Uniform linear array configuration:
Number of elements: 4
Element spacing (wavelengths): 1
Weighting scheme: uniform
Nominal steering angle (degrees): -15
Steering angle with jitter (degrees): -14.578
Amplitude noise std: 0.05
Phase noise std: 0.05

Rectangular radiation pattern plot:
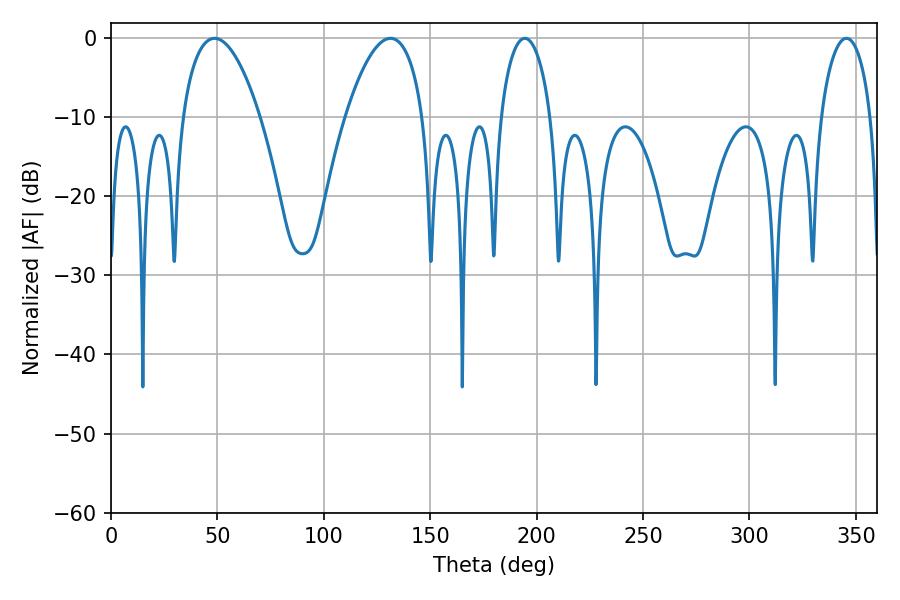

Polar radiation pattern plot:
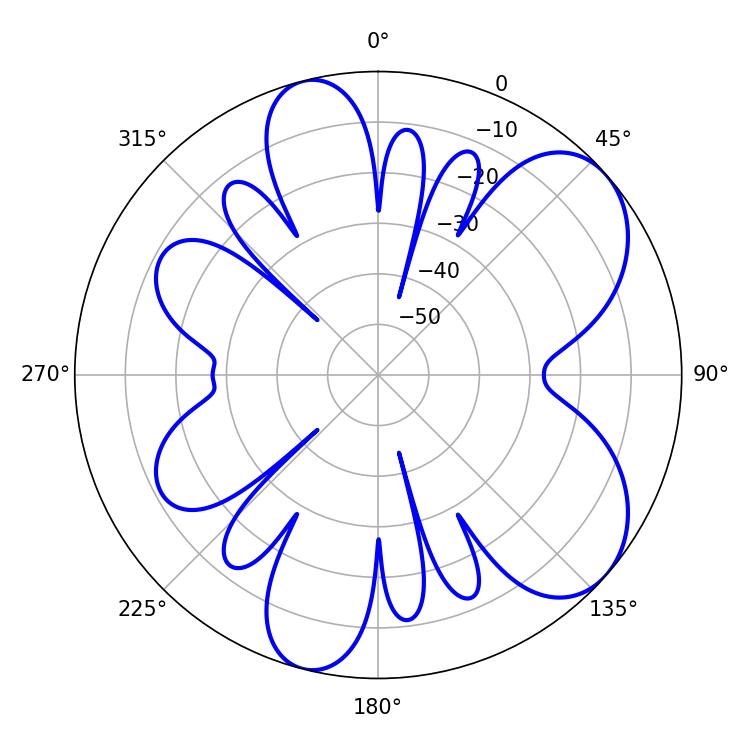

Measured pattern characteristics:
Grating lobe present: TRUE
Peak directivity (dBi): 6.895
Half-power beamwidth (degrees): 13.5
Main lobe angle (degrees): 345.6